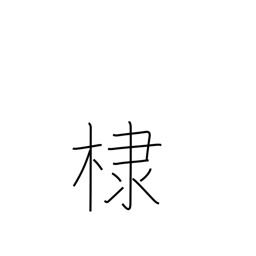
Meaning: flowering almond